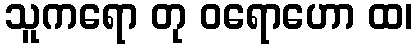
သူကရော တု ဝရောဟော ထ၊